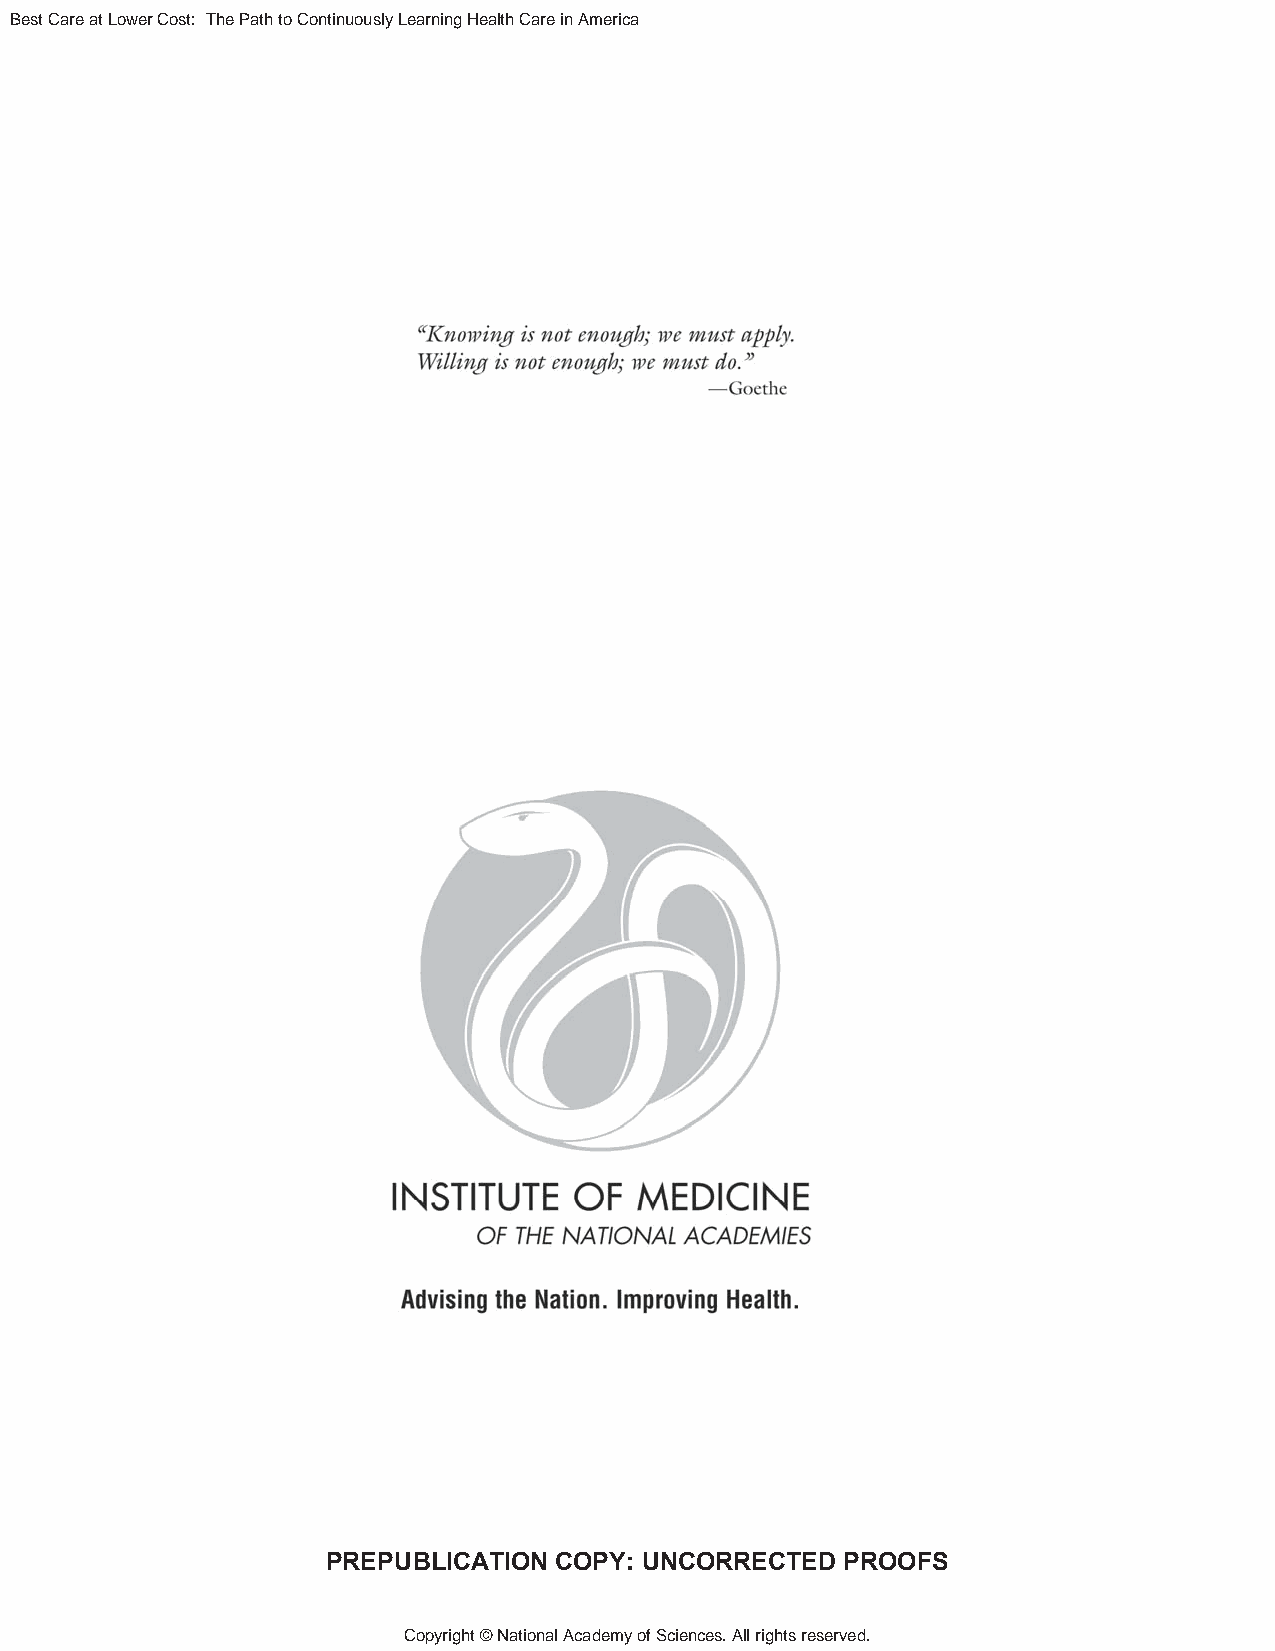
Best Care at Lower Cost: The Path to Continuously Learning Health Care in America
 PREPUBLICATION COPY: UNCORRECTED  PROOFS
 Copyright © National Academy of Sciences. All rights reserved.